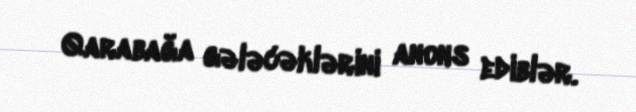
Qarabağa gələcəklərini anons ediblər.